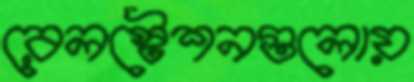
রেলস্টেশনগুলোয়